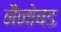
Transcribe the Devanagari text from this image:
नैनोबड